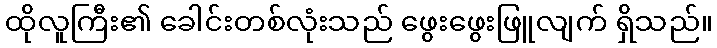
ထိုလူကြီး၏ ခေါင်းတစ်လုံးသည် ဖွေးဖွေးဖြူလျက် ရှိသည်။